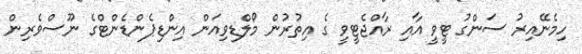
ހިމެނޭއިރު ސަންގު ޓީވީ އާއި ރާއްޖެޓީވީ ގެ އިތުރުން މޯލްޑިވިއަން އިންޑިޕެންޑެންޓްގެ ނޫސްވެރިން